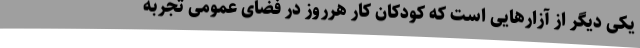
یکی دیگر از آزارهایی است که کودکان کار هرروز در فضای عمومی تجربه